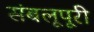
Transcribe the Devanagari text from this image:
संबलूपूरी